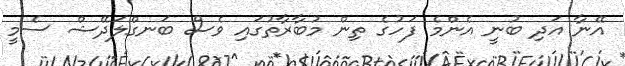
އޭނާ އަދި ބުނީ އެންމެ ފަހުގެ ތިން މުބާރާތުގައި ވެސް ބަނގްލަދޭޝް ސެމީ